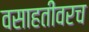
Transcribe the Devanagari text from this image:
वसाहतींवरच